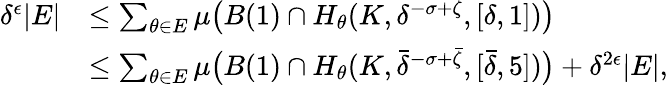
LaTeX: \begin{array}{rl}{\delta^{\epsilon}|E|}&{\leq\sum_{\theta\in E}\mu\big(B(1)\cap H_{\theta}(K,\delta^{-\sigma+\zeta},[\delta,1])\big)}\\ &{\leq\sum_{\theta\in E}\mu\big(B(1)\cap H_{\theta}(K,\bar{\delta}^{-\sigma+\bar{\zeta}},[\bar{\delta},5])\big)+\delta^{2\epsilon}|E|,}\end{array}